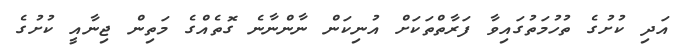
އަދި ކުށުގެ ތުހުމަތުގައިވާ ފަރާތްތަކަށް އުނިކަން ނާންނާނެ ގޮތެއްގެ މަތިން ޖިނާއީ ކުށުގެ